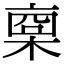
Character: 𣖇